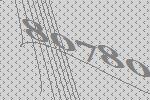
80780